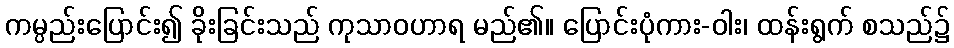
ကမ္ပည်းပြောင်း၍ ခိုးခြင်းသည် ကုသာဝဟာရ မည်၏။ ပြောင်းပုံကား-ဝါး၊ ထန်းရွက် စသည်၌